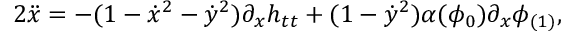
2 \ddot { x } = - ( 1 - \dot { x } ^ { 2 } - \dot { y } ^ { 2 } ) \partial _ { x } h _ { t t } + ( 1 - \dot { y } ^ { 2 } ) \alpha ( \phi _ { 0 } ) \partial _ { x } \phi _ { ( 1 ) } ,